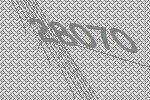
28070